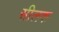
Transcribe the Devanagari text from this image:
सीलक